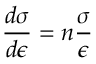
{ \frac { d \sigma } { d \epsilon } } = n { \frac { \sigma } { \epsilon } } \,